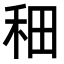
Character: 𫀪